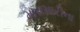
મારામારીના